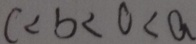
c < b < 0 < a